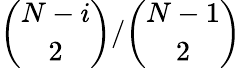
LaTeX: \binom{N-i}{2}/\binom{N-1}{2}